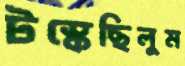
টস্‌কেছিলুম